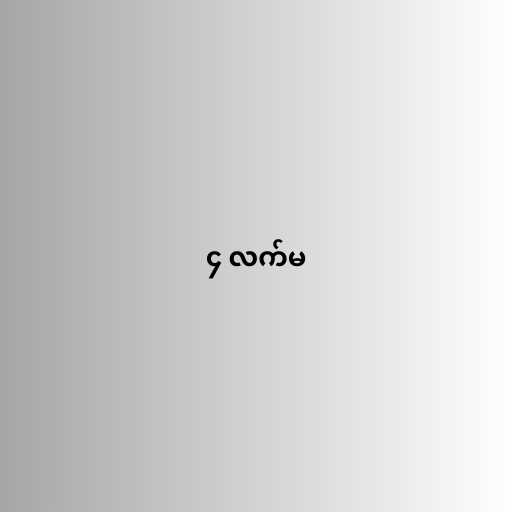
၄ လက်မ